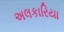
અલકારિયા